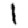
Digit: 1